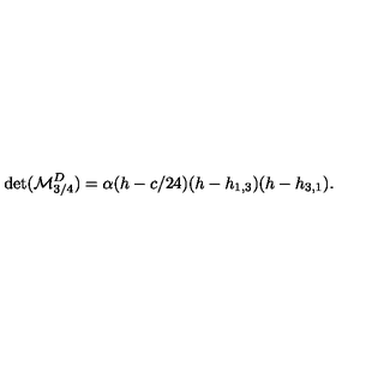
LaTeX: \det ( { \cal M } _ { 3 / 4 } ^ { D } ) = \alpha ( h - c / 2 4 ) ( h - h _ { 1 , 3 } ) ( h - h _ { 3 , 1 } ) { } .